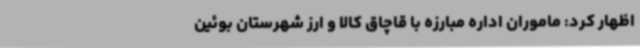
اظهار کرد: ماموران اداره مبارزه با قاچاق کالا و ارز شهرستان بوئین